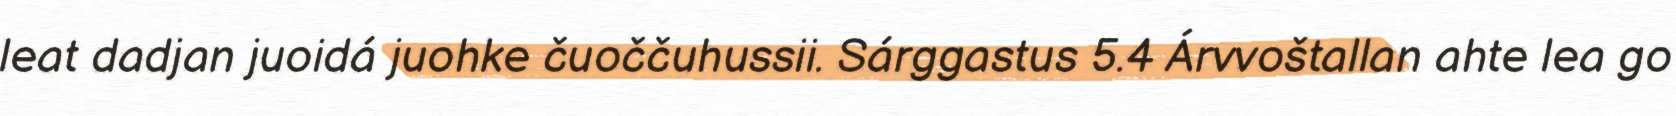
leat dadjan juoidá juohke čuoččuhussii. Sárggastus 5.4 Árvvoštallan ahte lea go